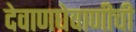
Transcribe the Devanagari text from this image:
देवाणघेवाणीची